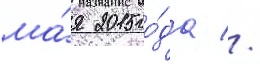
ма́я 2015 го́да //